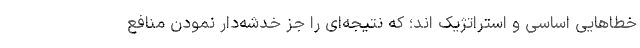
خطاهایی اساسی ‌و استراتژیک اند؛ که نتیجه‌ای را جز خدشه‌دار نمودن منافع